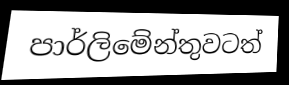
පාර්ලිමේන්තුවටත්